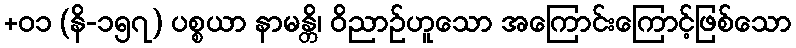
+၀၁ (နိ-၁၅၇) ပစ္စယာ နာမန္တိ၊ ဝိညာဉ်ဟူသော အကြောင်းကြောင့်ဖြစ်သော